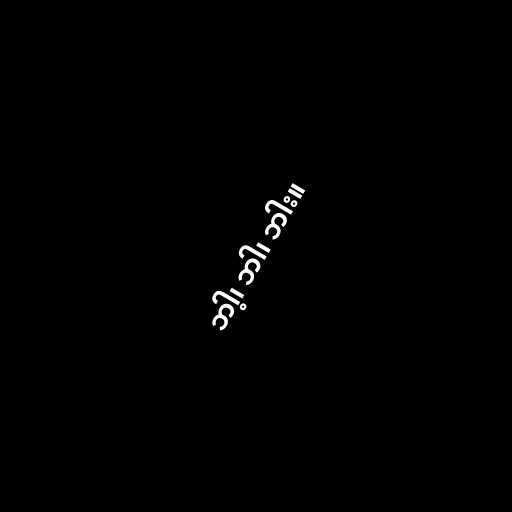
ဘါ့၊ ဘါ၊ ဘါး။